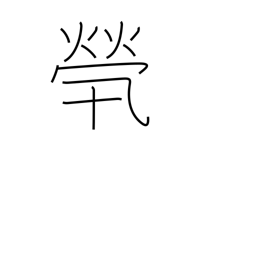
Meaning: without any family